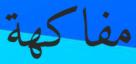
مفاكھة